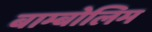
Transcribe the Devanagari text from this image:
बाम्बोलिम